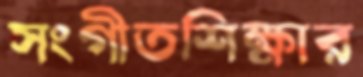
সংগীতশিক্ষার